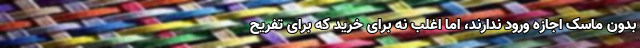
بدون ماسک اجازه ورود ندارند، اما اغلب نه برای خرید که برای تفریح